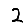
Digit: 2